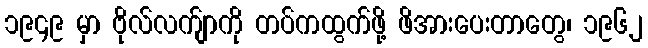
၁၉၄၉ မှာ ဗိုလ်လက်ျာကို တပ်ကထွက်ဖို့ ဖိအားပေးတာတွေ၊ ၁၉၆၂